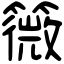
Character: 䉠